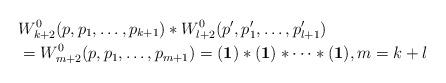
LaTeX: \begin{align*}&W^0_{k+2}(p,p_1,\dots,p_{k+1})\ast W^0_{l+2}(p',p'_1,\dots,p'_{l+1})\\ &=W^0_{m+2}(p,p_1,\dots,p_{m+1})=(\mathbf{1})\ast(\mathbf{1})\ast\dots\ast(\mathbf{1}), m=k+l\end{align*}